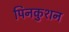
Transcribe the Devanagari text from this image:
पिनकुशन